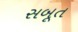
સબૂત